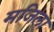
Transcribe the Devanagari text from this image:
मजिला